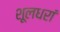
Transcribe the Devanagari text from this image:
शूलधरां